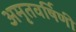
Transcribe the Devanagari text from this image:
अमृतवर्षिणी